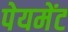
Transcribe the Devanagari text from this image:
पेयमेंट